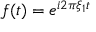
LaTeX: f ( t ) = e ^ { i 2 \pi \xi _ { 1 } t }